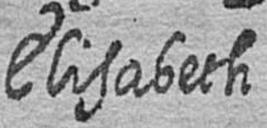
Elisabeth